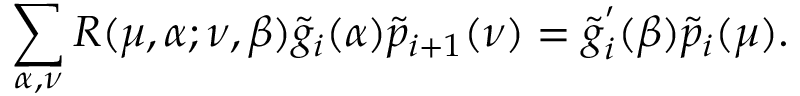
\sum _ { \alpha , \nu } R ( \mu , \alpha ; \nu , \beta ) \tilde { g } _ { i } ( \alpha ) \tilde { p } _ { i + 1 } ( \nu ) = \tilde { g } _ { i } ^ { ' } ( \beta ) \tilde { p } _ { i } ( \mu ) .